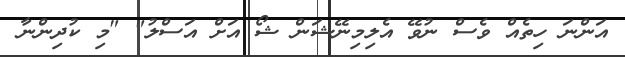
އަންނަ ހިތެއް ވެސް ނުވޭ އެލިމިނޭޝަން ޝޯ އަށް އަސްލު" "މި ކުދިންނާ